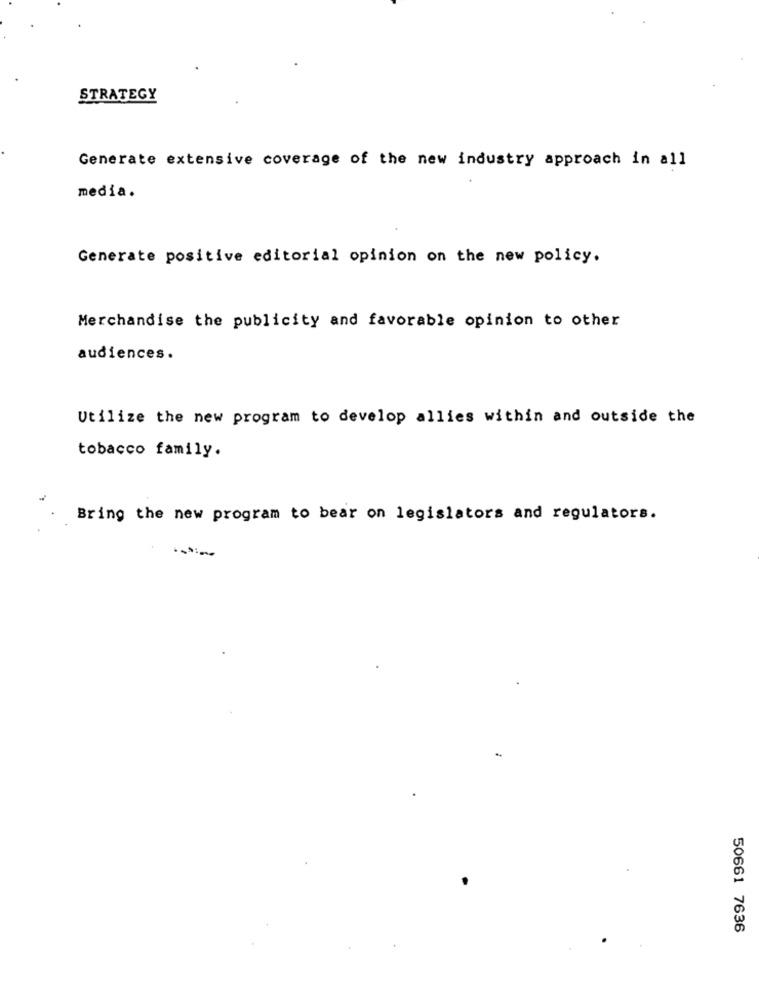
STRATEGY
Generate extensive coverage of the new industry approach in all
media.
Generate positive editorial opinion on the new policy.
Merchandise the publicity and favorable opinion to other
audiences.
Utilize the new program to develop allies within and outside the
tobacco family.
Bring the new program to bear on legislators and regulators.
50661 7636